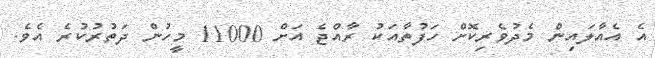
އެ އެއާލައިން މެދުވެރިކޮށް ހަފުތާއަކު ރާއްޖެ އަށް 11000 މީހުން ދަތުރުކުރެ އެވެ.